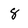
Character: 8